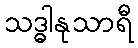
သဒ္ဓါနုသာရီ